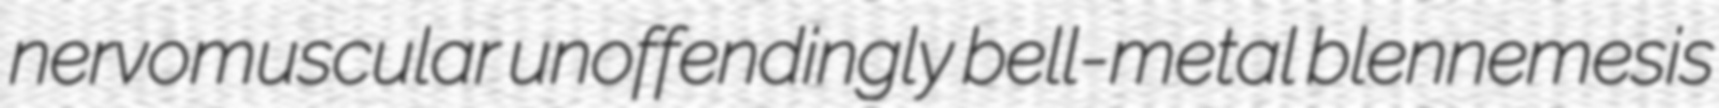
nervomuscular unoffendingly bell-metal blennemesis